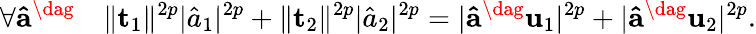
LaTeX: \forall\mathbf{\hat{a}}^{\dag}\quad\lVert\mathbf{t}_{1}\rVert^{2p}\lvert\hat{a}_{1}\rvert^{2p}+\lVert\mathbf{t}_{2}\rVert^{2p}\lvert\hat{a}_{2}\rvert^{2p}=\lvert\mathbf{\hat{a}}^{\dag}\mathbf{u}_{1}\rvert^{2p}+\lvert\mathbf{\hat{a}}^{\dag}\mathbf{u}_{2}\rvert^{2p}.